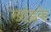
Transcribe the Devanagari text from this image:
खांडके